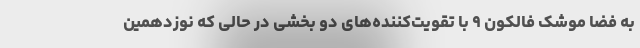
به فضا موشک فالکون ۹ با تقویت‌کننده‌های دو بخشی در حالی که نوزدهمین